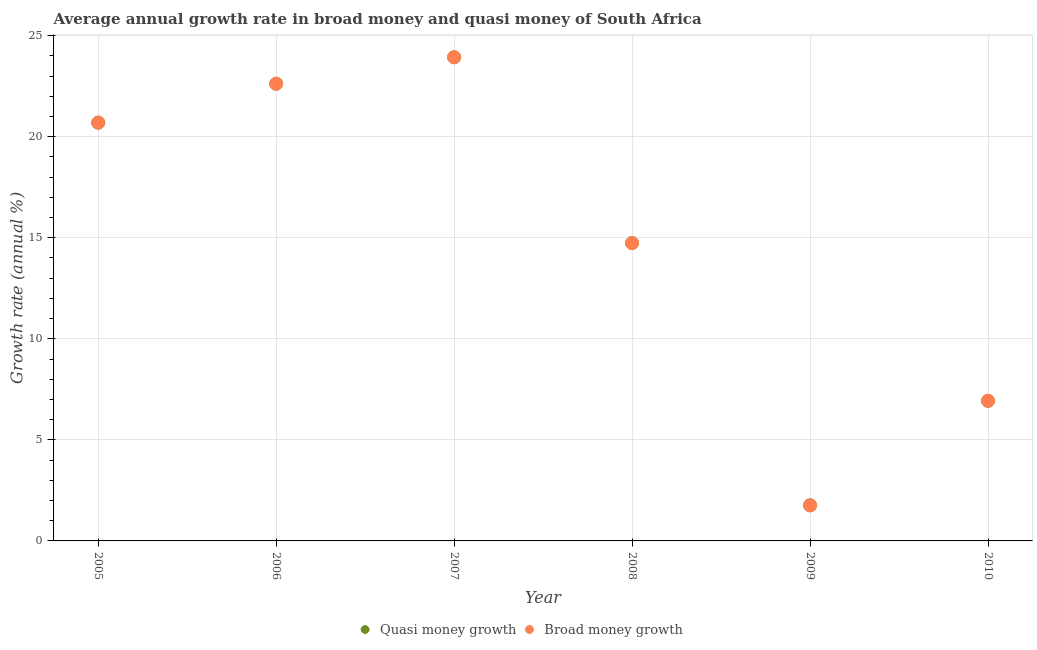
| Year | Quasi money growth | Broad money growth |
 | --- | --- | --- |
 | 2005 | 20.7 | 20.7 |
 | 2006 | 22.6 | 22.6 |
 | 2007 | 23.9 | 23.9 |
 | 2008 | 14.7 | 14.7 |
 | 2009 | 1.76 | 1.76 |
 | 2010 | 6.93 | 6.93 |